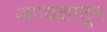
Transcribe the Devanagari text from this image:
अपयशातून